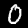
Label: 0